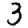
Digit: 3